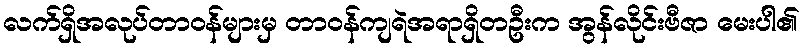
လက်ရှိအလုပ်တာဝန်များမှ တာဝန်ကျရဲအရာရှိတဦးက အွန်လိုင်းဗီဇာ မေးပါ၏